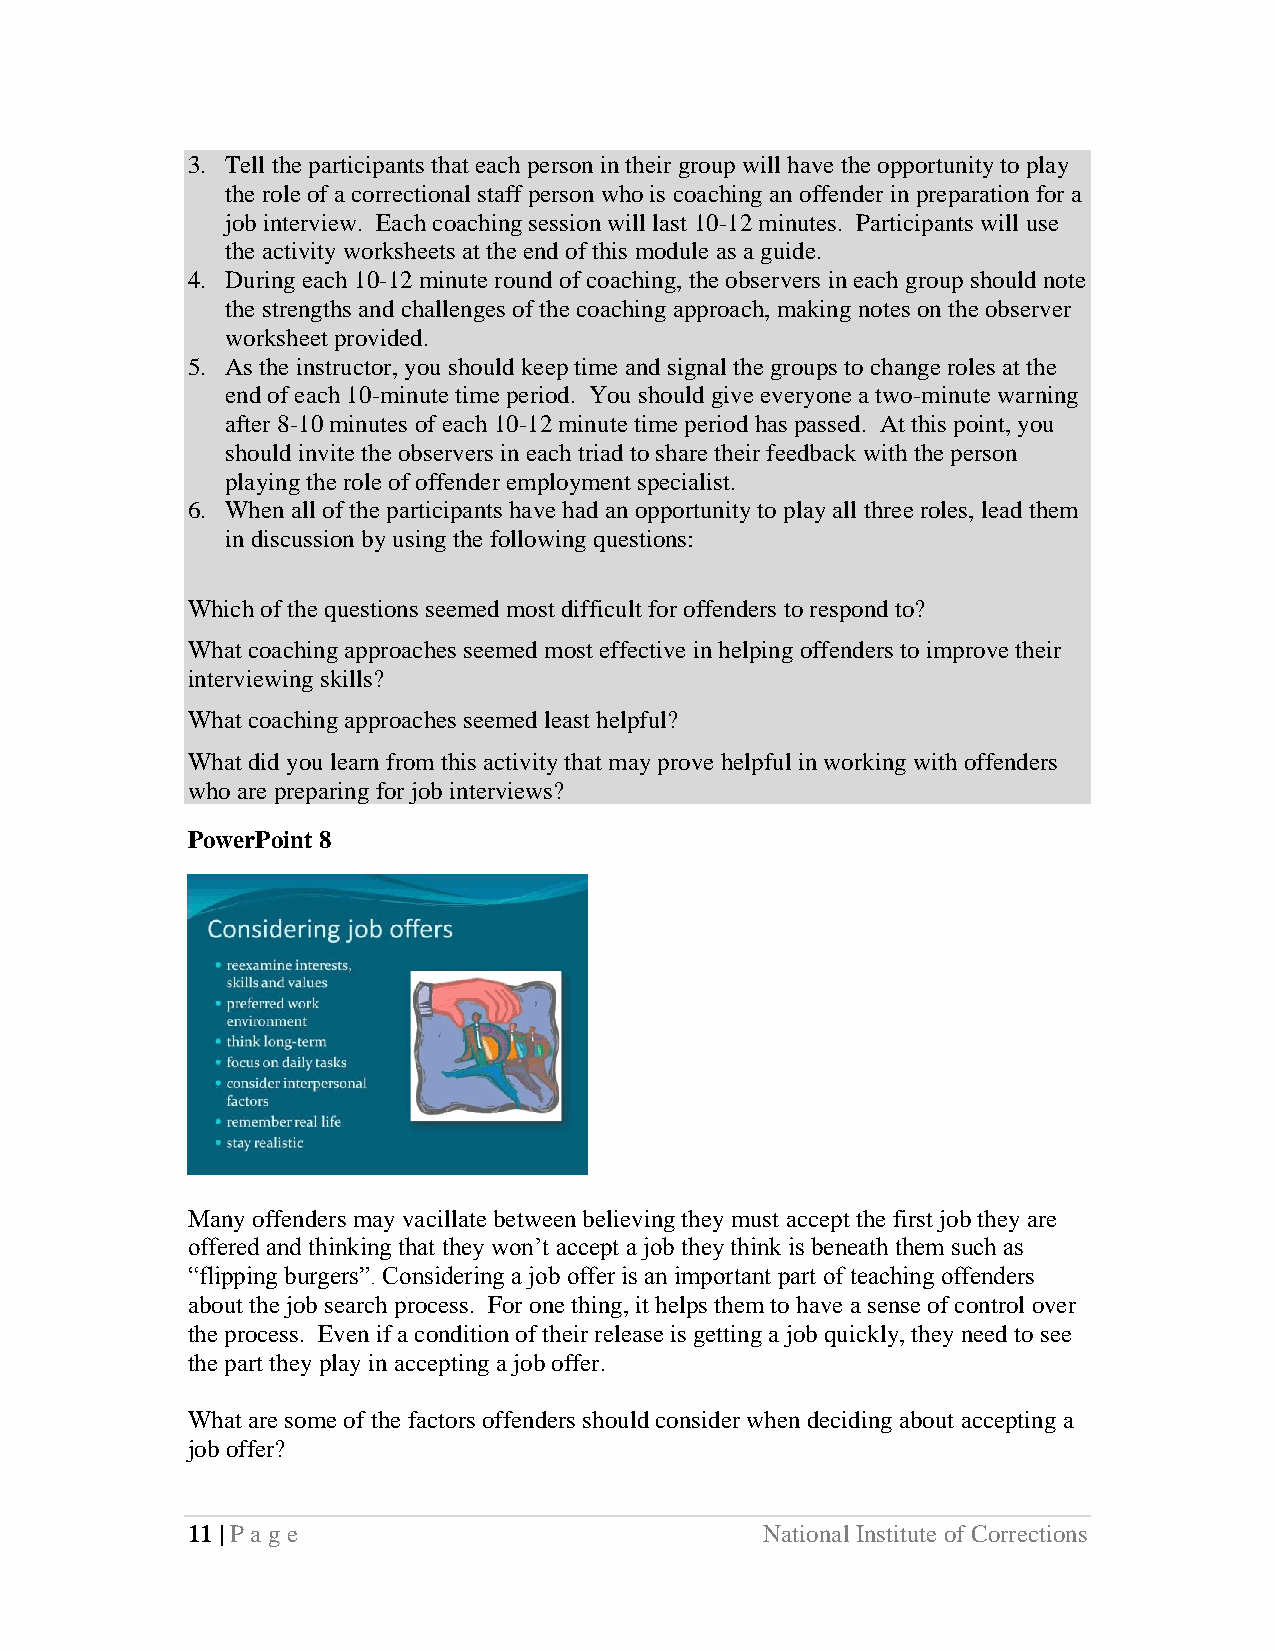
3. Tell the participants that each person in their group will have the opportunity to play
 the role of a correctional staff person who is coaching an offender in preparation for a
 job interview. Each coaching session will last 10-12 minutes. Participants will use
 the activity worksheets at the end of this module as a guide.
 4. During each 10-12 minute round of coaching, the observers in each group should note
 the strengths and challenges of the coaching approach, making notes on the observer
 worksheet provided.
 5. As the instructor, you should keep time and signal the groups to change roles at the
 end of each 10-minute time period. You should give everyone a two-minute warning
 after 8-10 minutes of each 10-12 minute time period has passed. At this point, you
 should invite the observers in each triad to share their feedback with the person
 playing the role of offender employment specialist.
 6. When all of the participants have had an opportunity to play all three roles, lead them
 in discussion by using the following questions:
 Which of the questions seemed most difficult for offenders to respond to?
 What coaching approaches seemed most effective in helping offenders to improve their
 interviewing skills?
 What coaching approaches seemed least helpful?
 What did you learn from this activity that may prove helpful in working with offenders
 who are preparing for job interviews?
 PowerPoint 8
 Many offenders may vacillate between believing they must accept the first job they are
 offered and thinking that they won’t accept a job they think is beneath them such as
 “flipping burgers”. Considering a job offer is an important part of teaching offenders
 about the job search process. For one thing, it helps them to have a sense of control over
 the process. Even if a condition of their release is getting a job quickly, they need to see
 the part they play in accepting a job offer.
 What are some of the factors offenders should consider when deciding about accepting a
 job offer?
 11 | Page                              National Institute of Corrections